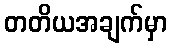
တတိယအချက်မှာ